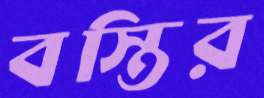
বস্তির